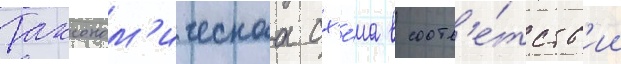
Таксоном'ическаа сх'е́ма в соотв'е́тств'ии